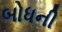
બોધની